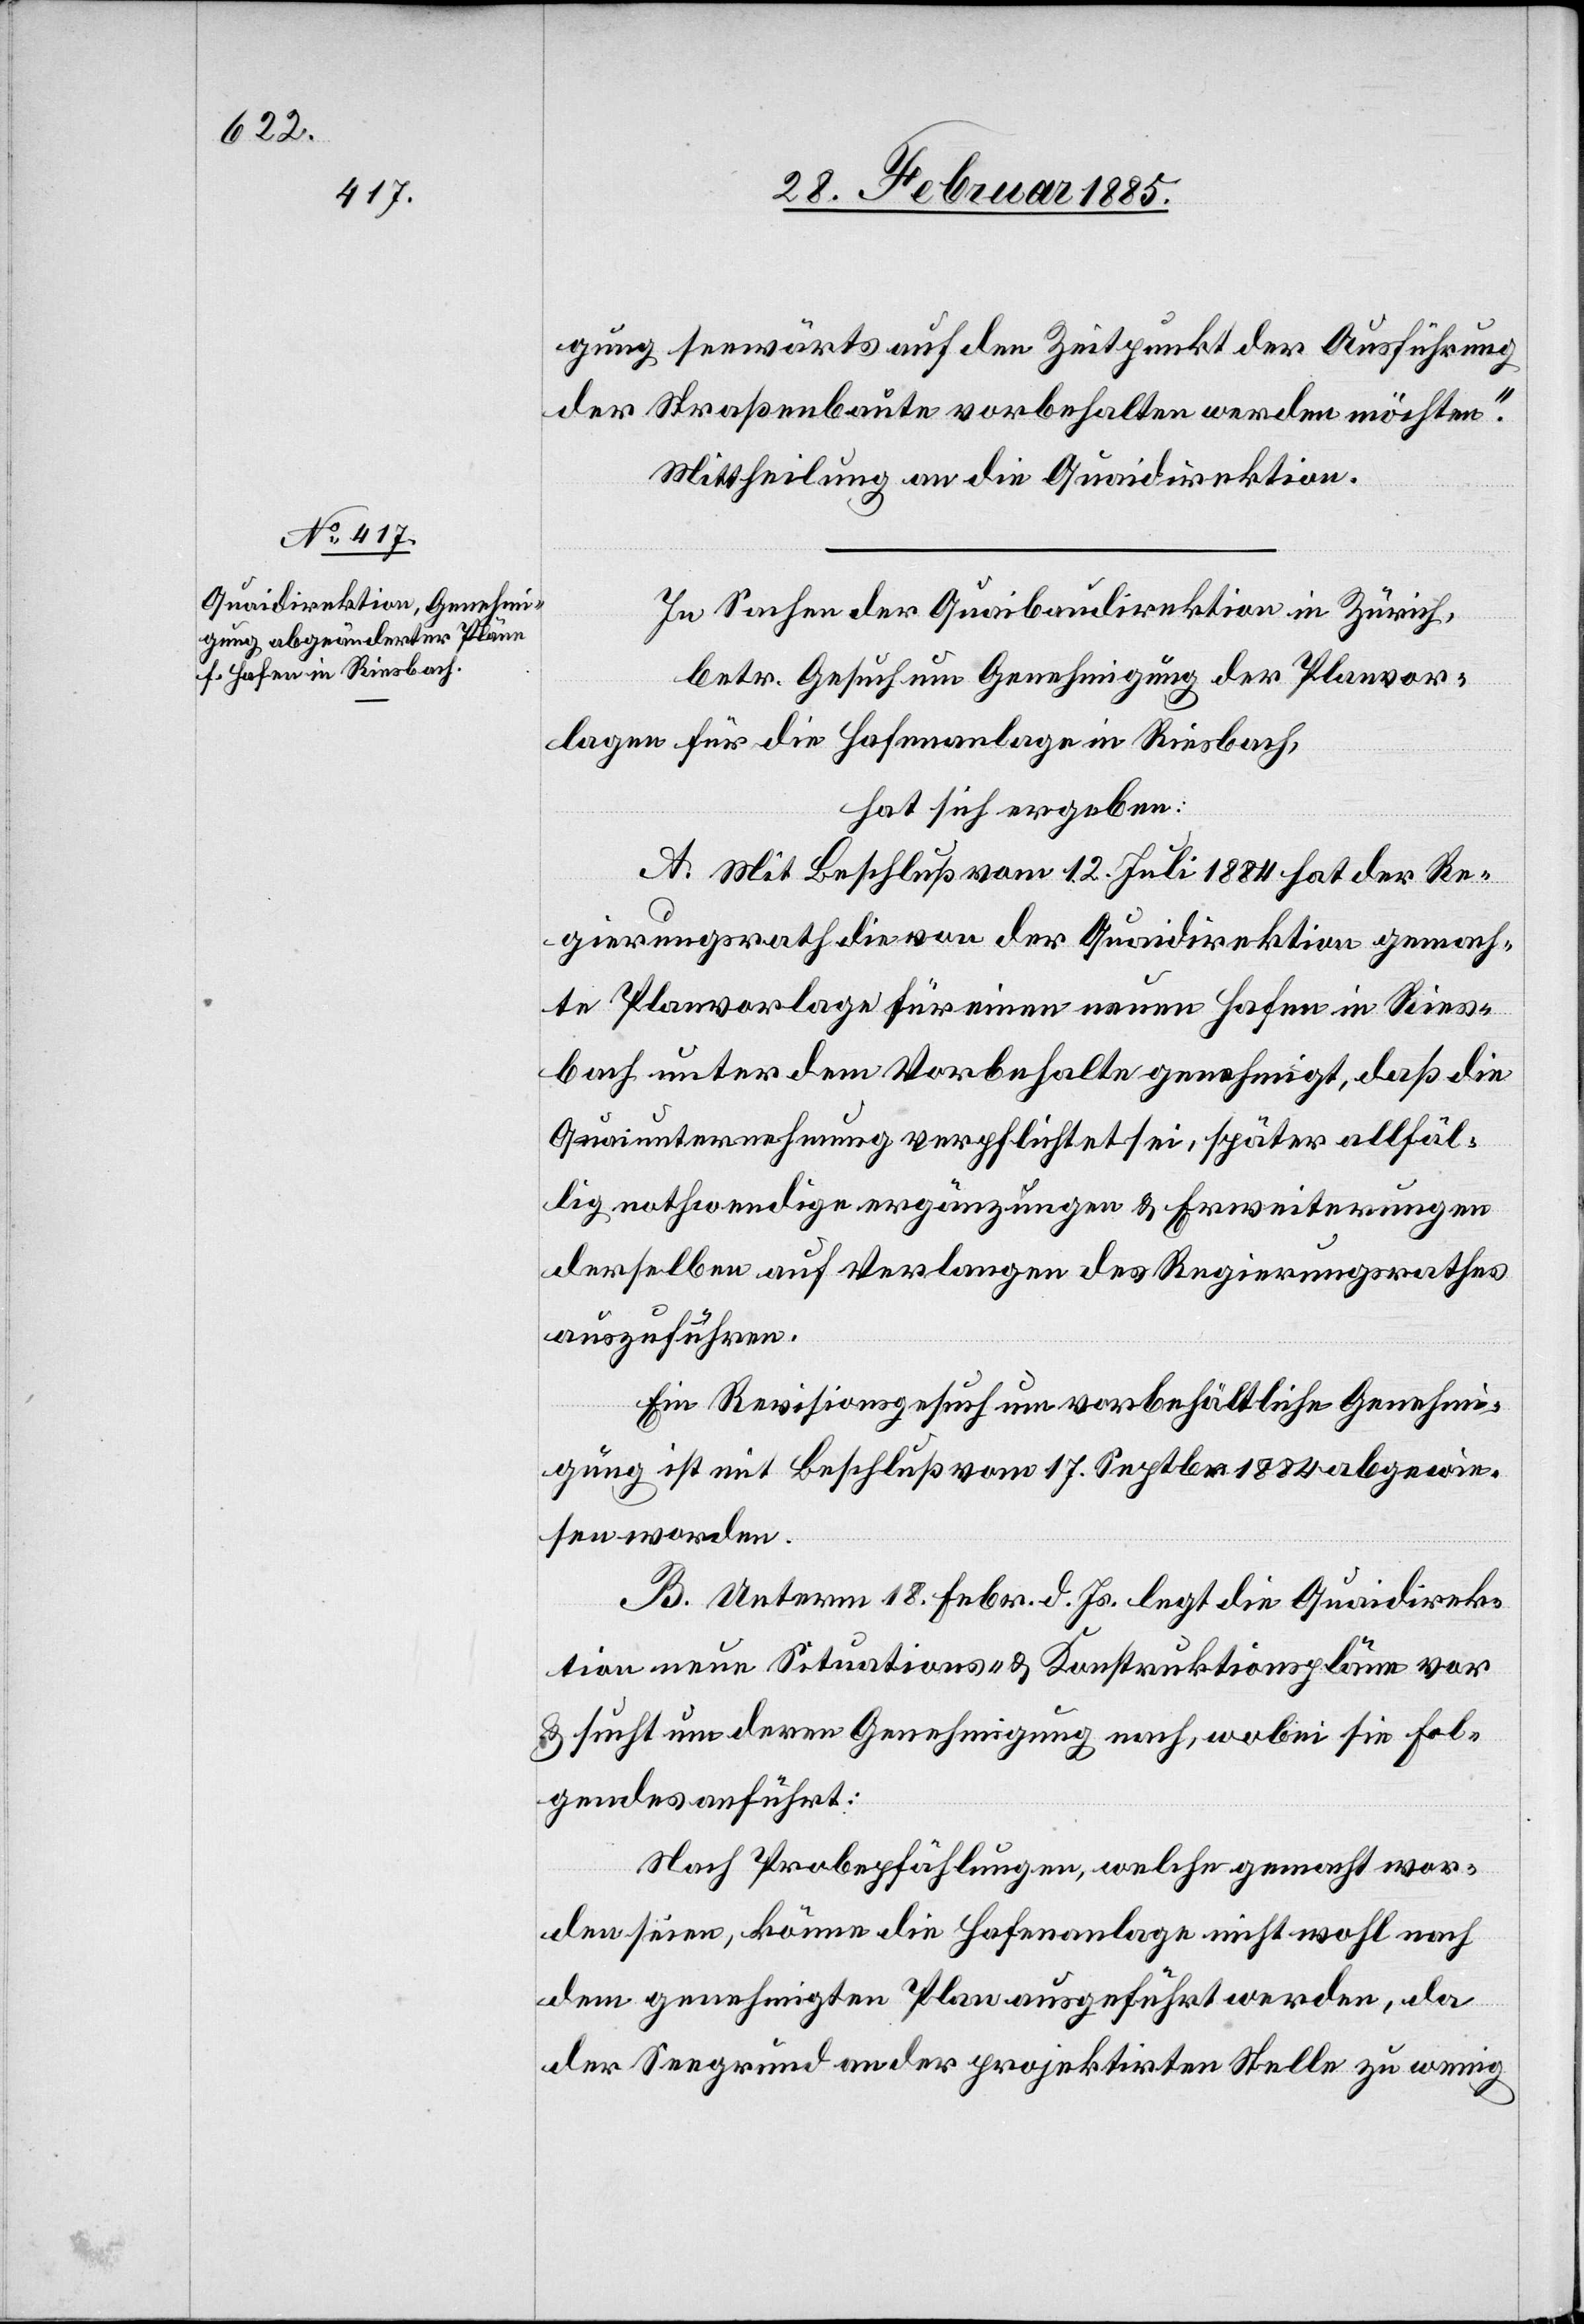
gung seewärts auf den Zeitpunkt der Ausführung
der Straßenbaute vorbehalten werden möchte.“
Mittheilung an die Quaidirektion.
In Sachen der Quaibaudirektion in Zürich,
betr. Gesuch um Genehmigung der Planvor¬
lage für die Hafenanlage in Riesbach,
hat sich ergeben:
A. Mit Beschluß vom 12. Juli 1884 hat der Re¬
gierungsrath die von der Quaidirektion gemach¬
te Planvorlage für einen neuen Hafen in Ries¬
bach unter den Vorbehalten genehmigt, daß die
Quaiunternehmung verpflichtet sei, später allfäl¬
lig nothwendige ergänzungen [sic!] & Erweiterungen
derselben auf Verlangen des Regierungsrathes
auszuführen.
Ein Revisionsgesuch um vorbehältliche Genehmi¬
gung ist mit Beschluß vom 17. Sept. 1884 abgewie¬
sen worden.
B. Unterm 18. Febr. d. Js. legt die Quaidirek¬
tion neue Situations- & Konstruktionspläne vor
& sucht um deren Genehmigung nach, wobei sie fol¬
gendes anführt:
Nach Probepfählungen, welche gemacht wor¬
den seien, könne die Hafenanlage nicht wohl nach
dem genehmigten Plan ausgeführt werden, da
der Seegrund an der projektirten Stelle zu wenig